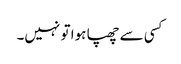
کسی سے چھپا ہوا تو نہیں۔